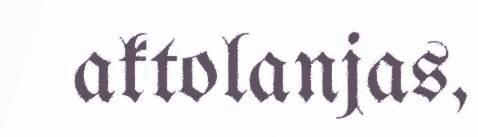
aktolanjas,